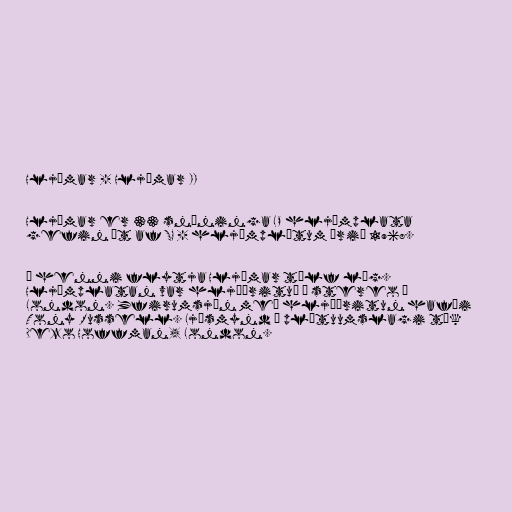
Hljómar - Hljómar II

Hljómar er 33 snúninga LP hljómplata
gefin út af SG - hljómplötum árið 1968.

Á henni flytja Hljómar tólf lög.
Hljómplatan var hljóðrituð í stereo í
London. Yfirumsjón með hljóðritun hafði
Tony Russell. Ljósmynd á plötuumslagi tók
Dezo Hoffman, London.